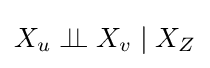
X_{u}\perp \!\!\!\perp X_{v}\mid X_{Z}